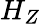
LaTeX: H_{Z}